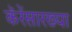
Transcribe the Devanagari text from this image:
कॅरेंसारख्या